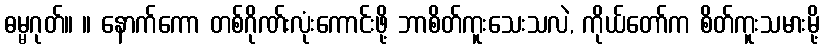
ဓမ္မဂုတ်။ ။ နောက်ကော တစ်ဂိုဏ်းလုံးကောင်းဖို့ ဘာစိတ်ကူးသေးသလဲ, ကိုယ်တော်က စိတ်ကူးသမားမို့